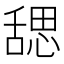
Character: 𬜉